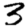
Digit: 3